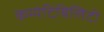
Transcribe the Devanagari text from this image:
कम्पेटिबिलिटी